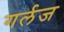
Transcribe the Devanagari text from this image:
गर्लज